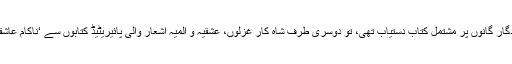
ایک طرف محبوب سے ہم کلام ہونے کے لیے رفیع کے یادگار گانوں پر مشتمل کتاب دستیاب تھی، تو دوسری طرف شاہ کار غزلوں، عشقیہ و المیہ اشعار والی پائیریٹیڈ کتابوں سے ‘ناکام عاشقوں’ کے دلوں کو تسکین پہنچانے کا سامان بھی دستیاب تھا۔